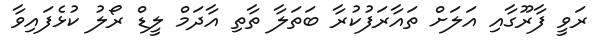
ރަވީ ފާރޫގާއި އަލަށް ތައާރަފުކުރާ ބަތަލާ ތާތި އާދަމް ލީޑް ރޯލު ކުޅެފައިވާ